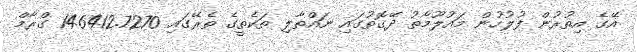
އޭގެ އިތުރުން ފުލުހުން މައުލޫމާތު ދޭގޮތުގައި ނައްތާލި ތަކެތީގެ ތެރޭގައި 146412.7270 ގްރާމް